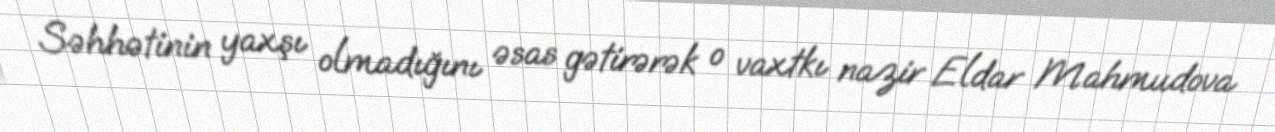
Səhhətinin yaxşı olmadığını əsas gətirərək o vaxtkı nazir Eldar Mahmudova